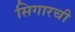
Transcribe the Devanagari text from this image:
सिगारची